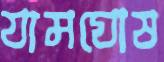
যামঘোষ